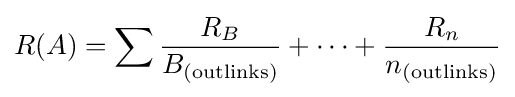
R(A)=\sum {R_{B} \over B_{\text{(outlinks)}}}+\cdots +{R_{n} \over n_{\text{(outlinks)}}}